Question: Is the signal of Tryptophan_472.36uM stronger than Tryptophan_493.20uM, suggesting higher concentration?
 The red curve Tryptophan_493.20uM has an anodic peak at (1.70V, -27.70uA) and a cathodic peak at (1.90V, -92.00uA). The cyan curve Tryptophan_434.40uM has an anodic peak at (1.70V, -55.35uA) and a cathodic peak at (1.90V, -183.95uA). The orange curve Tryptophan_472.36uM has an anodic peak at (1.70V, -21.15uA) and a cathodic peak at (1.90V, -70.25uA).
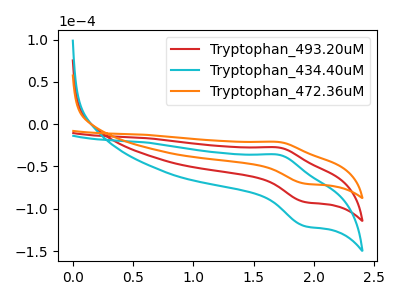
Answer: <think>All the peaks in "Tryptophan_472.36uM" have a peak in "Tryptophan_493.20uM" at the same potential.
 </think>
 <answer>I cant tell if "Tryptophan_472.36uM" or "Tryptophan_493.20uM" has higher concentration.</answer>
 <eval>mixed_concentration</eval>